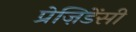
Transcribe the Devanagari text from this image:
प्रेज़िडेंसी